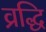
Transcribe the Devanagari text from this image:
व्रद्धि